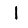
Digit: 1